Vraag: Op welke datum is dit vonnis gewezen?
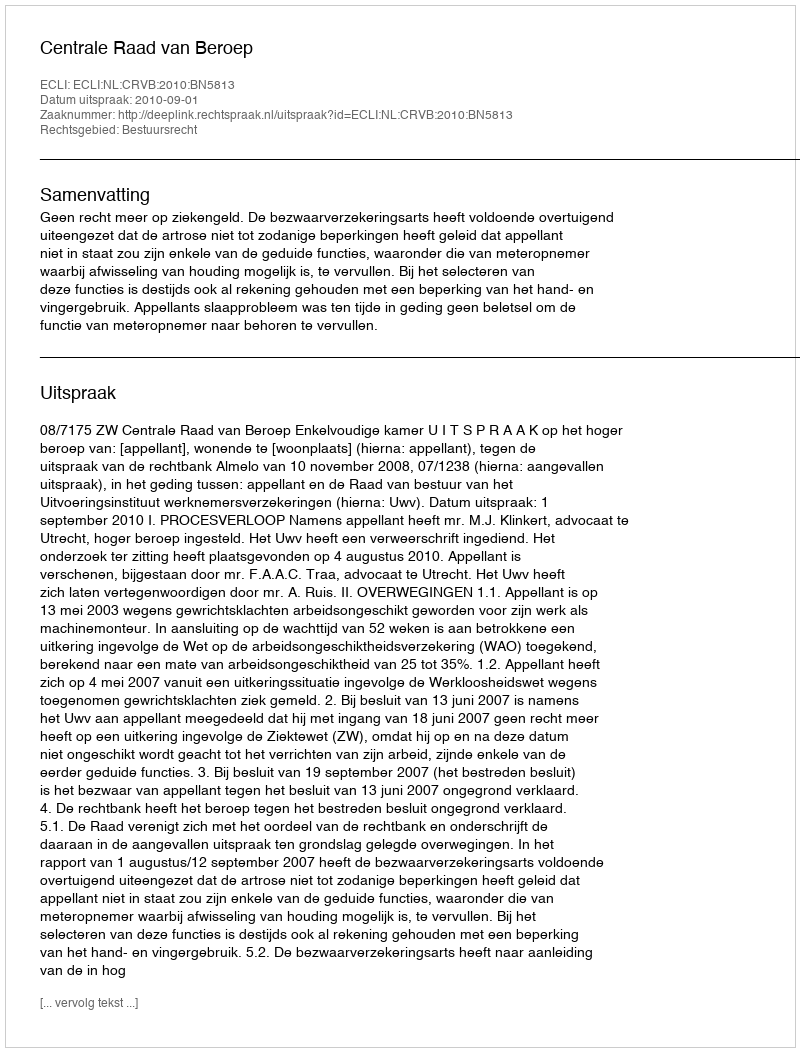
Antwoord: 2010-09-01